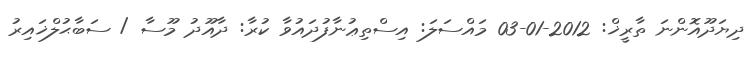
ދިޔަދޫއޮންނަ ތާރީޚް: 2012-01-03 މައްސަލަ: އިސްތިޢުނާފުދައުވާ ކުރާ: ދާއޫދު މޫސާ / ސަބާޙުލްޚައިރު